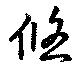
悠